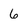
Character: 6